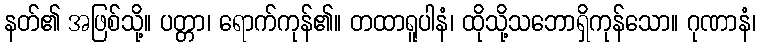
နတ်၏ အဖြစ်သို့။ ပတ္တာ၊ ရောက်ကုန်၏။ တထာရူပါနံ၊ ထိုသို့သဘောရှိကုန်သော။ ဂုဏာနံ၊